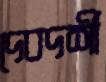
দেবদর্শী